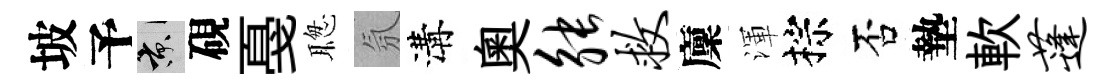
坡予京硯戞聦氛溝奥觖救廩渾棕否墊軟蓬